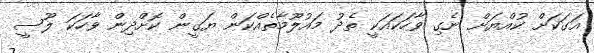
އަގަކަށް ކުއްޔަށް ނެގި ވާހަކައަކީ ތެދު މައުލޫމާތެއްކަން ޔަގީން ކޮށްދިން ވާހަކަ ލޫސީ